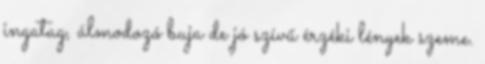
ingatag, álmodozó buja de jó szívű érzéki lények szeme.